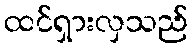
ထင်ရှားလှသည်